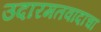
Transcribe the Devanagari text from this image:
उदारमतवादाचा